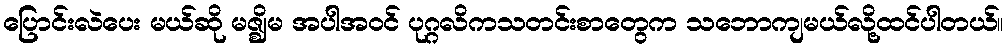
ပြောင်းလဲပေး မယ်ဆို မဇ္ဈိမ အပါအဝင် ပုဂ္ဂလိကသတင်းစာတွေက သဘောကျမယ်လို့ထင်ပါတယ်။